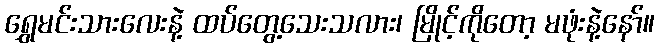
ရွှေမင်းသားလေးနဲ့ ထပ်တွေ့သေးသလား၊ မြိုင့်ကိုတော့ မဖုံးနဲ့နော်။